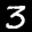
Digit: 3